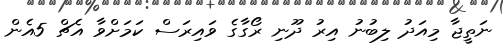
ނަތީޖާ މިއަދު ލިބުނު އިރު ދޫނި ރޯގާގެ ވައިރަސް ކަމަށްވާ އެޗް 5އެން